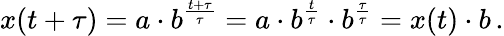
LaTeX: x(t+\tau)=a\cdot b^{\frac{t+\tau}{\tau}}=a\cdot b^{\frac{t}{\tau}}\cdot b^{\frac{\tau}{\tau}}=x(t)\cdot b\, .